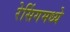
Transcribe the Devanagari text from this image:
रेसिंगमध्ये